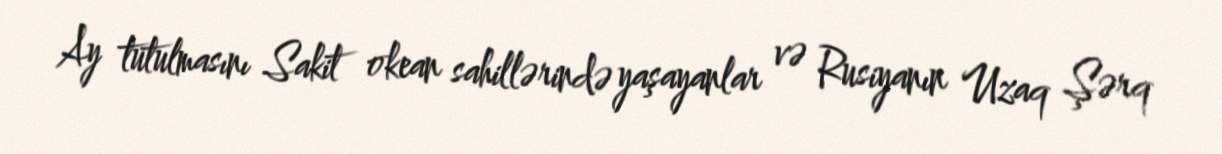
Ay tutulmasını Sakit okean sahillərində yaşayanlar və Rusiyanın Uzaq Şərq